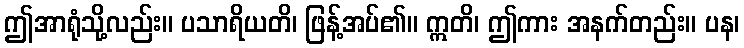
ဤအာရုံသို့လည်း။ ပသာရိယတိ၊ ဖြန့်အပ်၏။ ဣတိ၊ ဤကား အနက်တည်း။ ပန၊